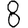
Digit: 8